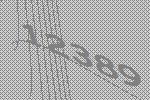
12389